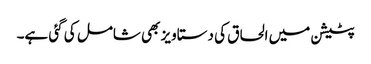
پٹیشن میں الحاق کی دستاویز بھی شامل کی گئی ہے۔